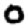
Digit: 0